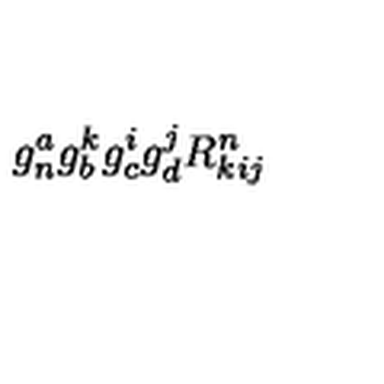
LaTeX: g _ { n } ^ { a } g _ { b } ^ { k } g _ { c } ^ { i } g _ { d } ^ { j } R _ { k i j } ^ { n }